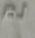
لم